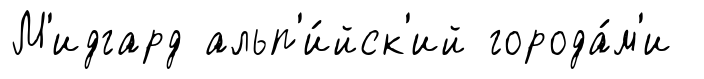
М'идгард альп'и́йск'ий города́м'и